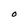
Character: O